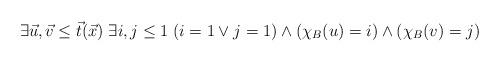
LaTeX: \begin{align*}\exists \vec{u}, \vec{v} \leq \vec{t}(\vec{x}) \; \exists i,j \leq 1 \; (i=1 \vee j=1) \wedge (\chi_B(u)=i) \wedge (\chi_B(v)=j)\end{align*}